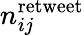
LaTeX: n_{ij}^{\mathrm{retweet}}